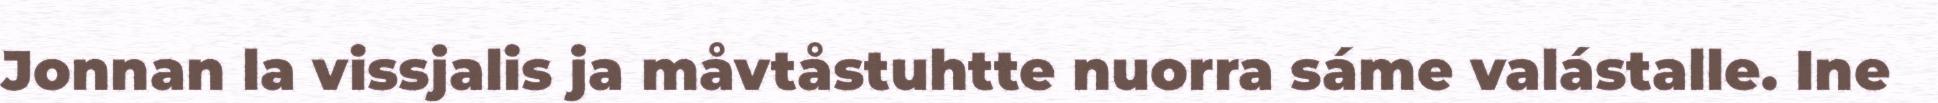
Jonnan la vissjalis ja måvtåstuhtte nuorra sáme valástalle. Ine